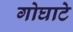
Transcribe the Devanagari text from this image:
गोघाटे